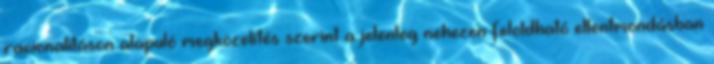
racionalitáson alapuló megközelítés szerint a jelenleg nehezen feloldható ellentmondásban